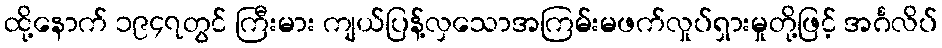
ထို့နောက် ၁၉၄၇တွင် ကြီးမား ကျယ်ပြန့်လှသောအကြမ်းမဖက်လှုပ်ရှားမှုတို့ဖြင့် အင်္ဂလိပ်